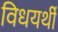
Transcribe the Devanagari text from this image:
विधयर्थी